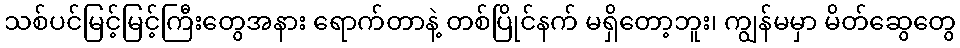
သစ်ပင်မြင့်မြင့်ကြီးတွေအနား ရောက်တာနဲ့ တစ်ပြိုင်နက် မရှိတော့ဘူး၊ ကျွန်မမှာ မိတ်ဆွေတွေ